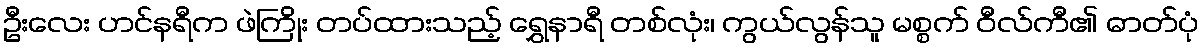
ဦးလေး ဟင်နရီက ဖဲကြိုး တပ်ထားသည့် ရွှေနာရီ တစ်လုံး၊ ကွယ်လွန်သူ မစ္စက် ဝီလ်ကီ၏ ဓာတ်ပုံ